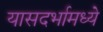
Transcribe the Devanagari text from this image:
यासदर्भामध्ये